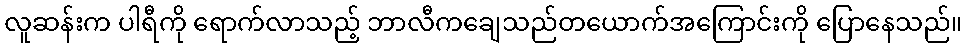
လူဆန်းက ပါရီကို ရောက်လာသည့် ဘာလီကချေသည်တယောက်အကြောင်းကို ပြောနေသည်။